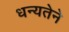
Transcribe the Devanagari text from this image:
धन्यतेने